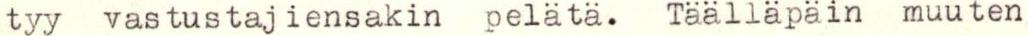
tyy vastustajiensakin pelätä. Täälläpäin muuten